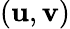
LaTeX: (\mathbf{u},\mathbf{v})